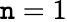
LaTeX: \mathtt{n}=1